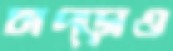
চাপ্‌ড়াও